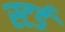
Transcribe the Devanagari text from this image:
स्टर्ड